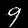
Digit: 9